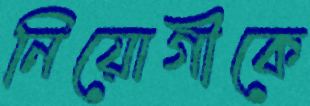
নিয়োগীকে